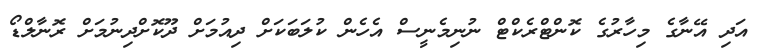
އަދި އޭނާގެ މިހާރުގެ ކޮންޓްރެކްޓް ނުނިމެނީސް އެހެން ކުލަބަކަށް ދިއުމަށް ދޫކޮށްދިނުމަށް ރޮނާލްޑޯ